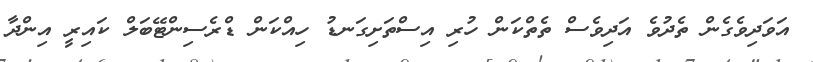
އަވަދިވެގެން ތެދުވެ އަދިވެސް ތެތްކަން ހުރި އިސްތަށިގަނޑު ހިއްކަން ޑްރެސިންޓޭބަލް ކައިރީ އިންދާ